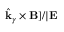
\hat { \mathbf { k } } _ { \gamma } \times \mathbf { B } ] / | \mathbf { E }